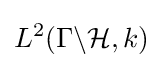
L^{2}(\Gamma \backslash {\mathcal {H}},k)